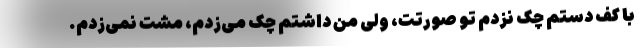
با کف دستم چک نزدم تو صورتت، ولی من داشتم چک می‌زدم، مشت نمی‌زدم.